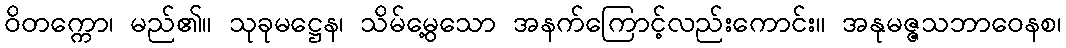
ဝိတက္ကော၊ မည်၏။ သုခုမဋ္ဌေန၊ သိမ်မွေ့သော အနက်ကြောင့်လည်းကောင်း။ အနုမဇ္ဇသဘာဝေနစ၊